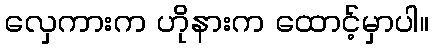
လှေကားက ဟိုနားက ထောင့်မှာပါ။